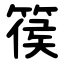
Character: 篌